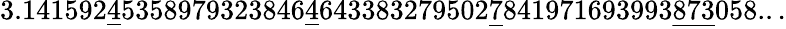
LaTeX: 3.141592{\underline{{4}}}5358979323846{\underline{{4}}}643383279502{\underline{{7}}}841971693993{\underline{{873}}}058...